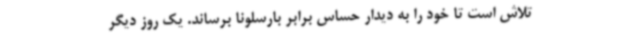
تلاش است تا خود را به دیدار حساس برابر بارسلونا برساند. یک روز دیگر